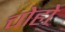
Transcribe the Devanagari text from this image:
चोहो